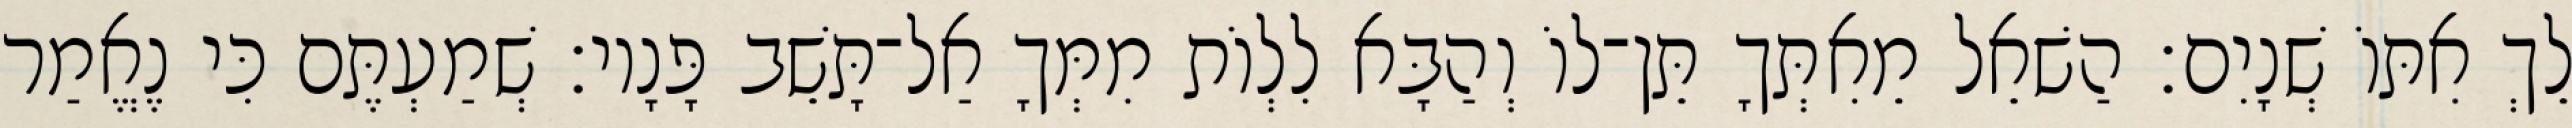
לֵךְ אִתּוֹ שְׁנָיִם׃ הַשׁאֵל מֵאִתְּךָ תֵּן־לוֹ וְהַבָּא לִלְוֹת מִמְּךָ אַל־תָּשֵׁב פָּנָיו׃ שְׁמַעְתֶּם כִּי נֶאֱמַר